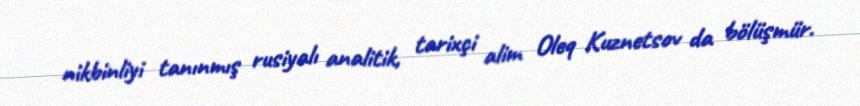
nikbinliyi tanınmış rusiyalı analitik, tarixçi alim Oleq Kuznetsov da bölüşmür.